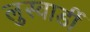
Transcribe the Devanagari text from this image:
लुस्वार्डी